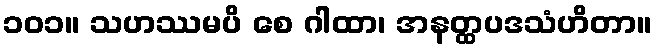
၁၀၁။ သဟဿမပိ စေ ဂါထာ၊ အနတ္ထပဒသံဟိတာ။